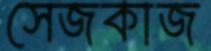
সেজকাজ